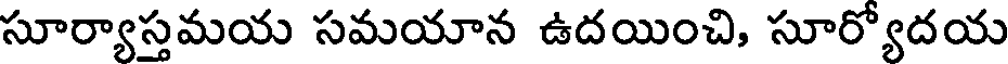
సూర్యాస్తమయ సమయాన ఉదయించి, సూర్యోదయ